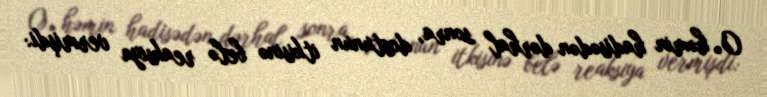
O, həmin hadisədən dərhal sonra, dostunun itkisinə belə reaksiya vermişdi: